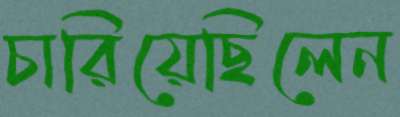
চারিয়েছিলেন